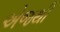
એજથી